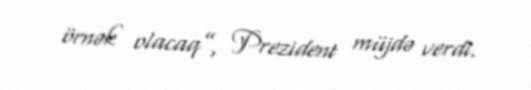
örnək olacaq”, Prezident müjdə verdi.